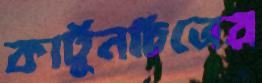
কার্টুনচিত্রের